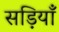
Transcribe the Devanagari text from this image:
सड़ियाँ